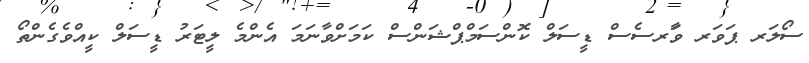
ސޯލަރ ޕަވަރ ވާަރސެސް ޑީސަލް ކޮންސަމްޕްޝަންސް ކަމަށްވާނަމަ އެންމެ ލީޓަރު ޑީސަލް ކީއްވެގެންތޯ